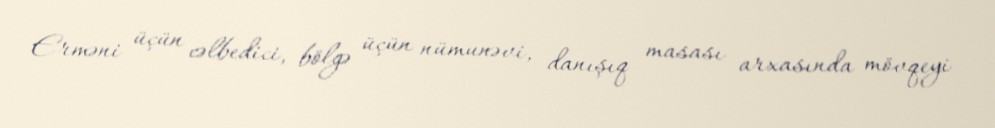
Erməni üçün cəlbedici, bölgə üçün nümunəvi, danışıq masası arxasında mövqeyi